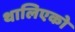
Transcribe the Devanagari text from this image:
थालिएको